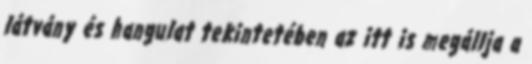
látvány és hangulat tekintetében az itt is megállja a